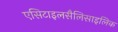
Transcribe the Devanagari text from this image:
एसिटाइलसैलिसाइलिक